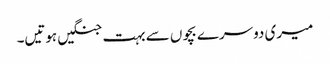
میری دوسرے بچوں سے بہت جنگیں ہوتیں۔